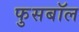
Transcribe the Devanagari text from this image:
फुसबॉल